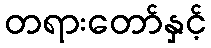
တရားတော်နှင့်